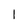
Character: l